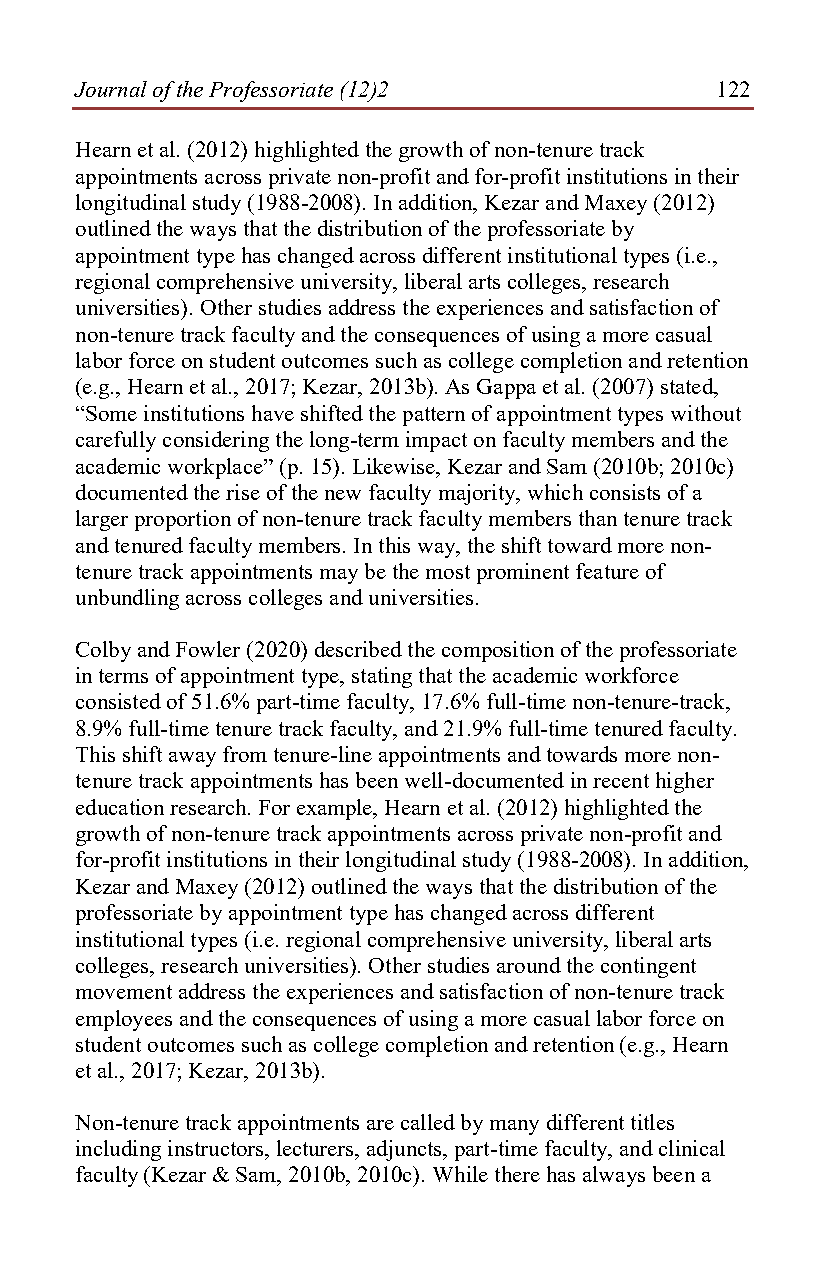
Journal of the Professoriate (12)2        122
 Hearn et al. (2012) highlighted the growth of non-tenure track
 appointments across private non-profit and for-profit institutions in their
 longitudinal study (1988-2008). In addition, Kezar and Maxey (2012)
 outlined the ways that the distribution of the professoriate by
 appointment type has changed across different institutional types (i.e.,
 regional comprehensive university, liberal arts colleges, research
 universities). Other studies address the experiences and satisfaction of
 non-tenure track faculty and the consequences of using a more casual
 labor force on student outcomes such as college completion and retention
 (e.g., Hearn et al., 2017; Kezar, 2013b). As Gappa et al. (2007) stated,
 “Some institutions have shifted the pattern of appointment types without
 carefully considering the long-term impact on faculty members and the
 academic workplace” (p. 15). Likewise, Kezar and Sam (2010b; 2010c)
 documented the rise of the new faculty majority, which consists of a
 larger proportion of non-tenure track faculty members than tenure track
 and tenured faculty members. In this way, the shift toward more non-
 tenure track appointments may be the most prominent feature of
 unbundling across colleges and universities.
 Colby and Fowler (2020) described the composition of the professoriate
 in terms of appointment type, stating that the academic workforce
 consisted of 51.6% part-time faculty, 17.6% full-time non-tenure-track,
 8.9% full-time tenure track faculty, and 21.9% full-time tenured faculty.
 This shift away from tenure-line appointments and towards more non-
 tenure track appointments has been well-documented in recent higher
 education research. For example, Hearn et al. (2012) highlighted the
 growth of non-tenure track appointments across private non-profit and
 for-profit institutions in their longitudinal study (1988-2008). In addition,
 Kezar and Maxey (2012) outlined the ways that the distribution of the
 professoriate by appointment type has changed across different
 institutional types (i.e. regional comprehensive university, liberal arts
 colleges, research universities). Other studies around the contingent
 movement address the experiences and satisfaction of non-tenure track
 employees and the consequences of using a more casual labor force on
 student outcomes such as college completion and retention (e.g., Hearn
 et al., 2017; Kezar, 2013b).
 Non-tenure track appointments are called by many different titles
 including instructors, lecturers, adjuncts, part-time faculty, and clinical
 faculty (Kezar & Sam, 2010b, 2010c). While there has always been a